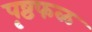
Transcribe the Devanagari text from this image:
पृष्ठफळ